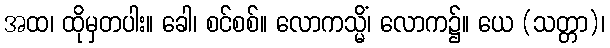
အထ၊ ထိုမှတပါး။ ခေါ၊ စင်စစ်။ လောကသ္မိံ၊ လောက၌။ ယေ (သတ္တာ)၊